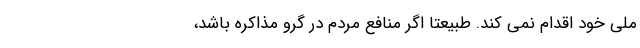
ملی خود اقدام نمی کند. طبیعتاً اگر منافع مردم در گرو مذاکره باشد،